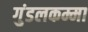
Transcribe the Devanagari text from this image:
गुंडलकम्मा